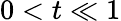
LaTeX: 0<t\ll 1